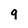
Character: q